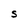
Character: S